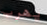
يهرب